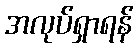
အလုပ်ရှာရန်